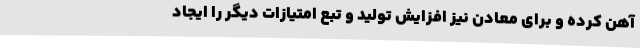
آهن کرده و برای معادن نیز افزایش تولید و تبع امتیازات دیگر را ایجاد